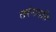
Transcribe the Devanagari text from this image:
तरंगगति